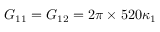
G _ { 1 1 } = G _ { 1 2 } = 2 \pi \times 5 2 0 \kappa _ { 1 }